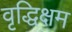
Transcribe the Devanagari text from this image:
वृद्धिक्षम